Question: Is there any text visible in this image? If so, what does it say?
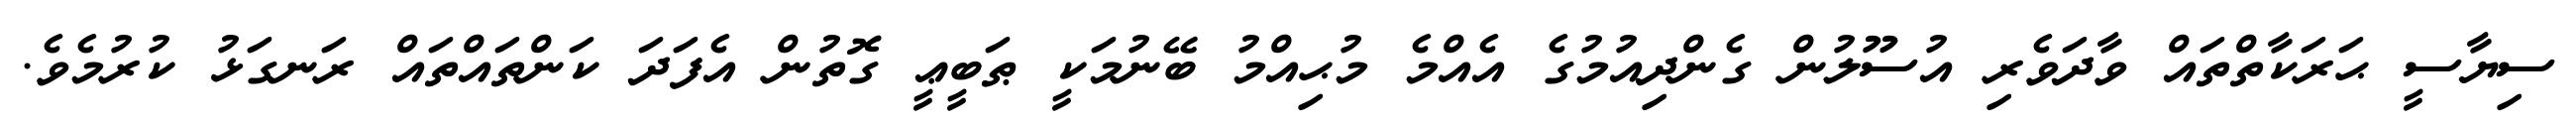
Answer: ސިޔާސީ ޙަރަކާތްތައް ވާދަވެރި އުސޫލުން ގެންދިއުމުގެ އެއްމެ މުޙިއްމު ބޭނުމަކީ ޠަބީޢީ ގޮތުން އެފަދަ ކަންތައްތައް ރަނގަޅު ކުރުމެވެ.